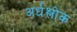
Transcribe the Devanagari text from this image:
अर्धश्लोक